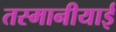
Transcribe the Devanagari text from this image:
तस्मानीयाई